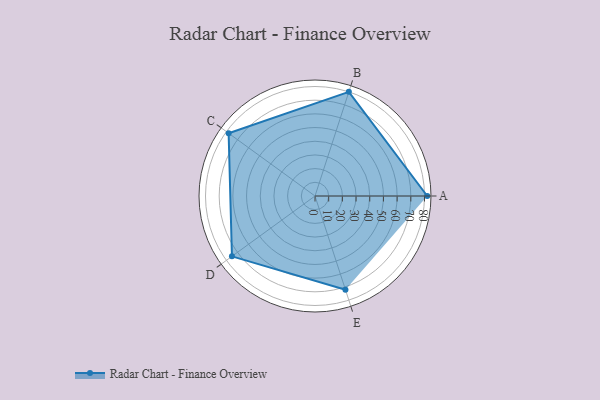
{"axis": {"x": "Skill", "y": "Score"}, "legend": ["Profile"], "data": [{"x": "A", "y": 82.0, "type": "Profile"}, {"x": "B", "y": 80.0, "type": "Profile"}, {"x": "C", "y": 78.0, "type": "Profile"}, {"x": "D", "y": 75.0, "type": "Profile"}, {"x": "E", "y": 72.0, "type": "Profile"}]}